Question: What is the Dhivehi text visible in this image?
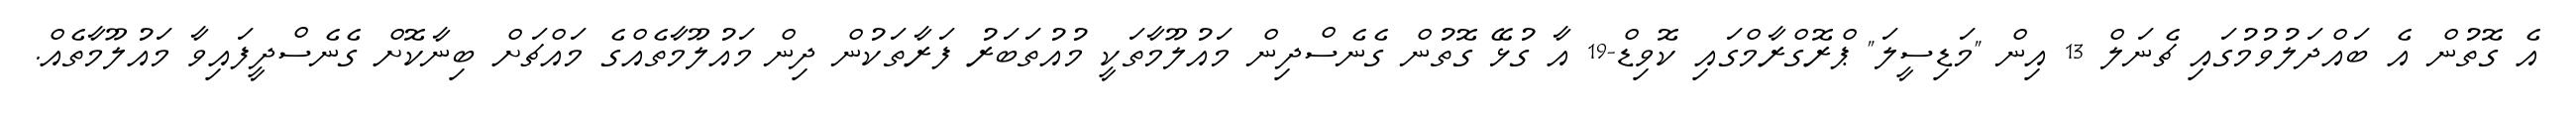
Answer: އެ ގޮތުން އެ ބައްދަލުވުމުގައި ޗެނަލް 13 އިން "މަޑިސީލަ" ޕްރޮގްރާމްގައި ކޮވިޑް-19 އާ ގުޅޭ ގޮތުން ގެނެސްދިން މައުލޫމާތަކީ މުއުތަބަރު ފަރާތަކުން ދިން މައުލޫމާތެއްގެ މައްޗަށް ބިނާކޮށް ގެނެސްދީފައިވާ މައުލޫމާތެއް.